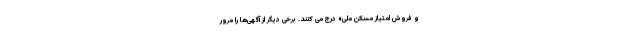
و فروش امتیاز مسکن ملی» درج می کنند. برخی دیگر از آگهی‌ها را مرور